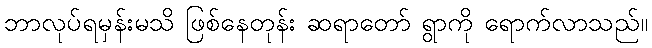
ဘာလုပ်ရမှန်းမသိ ဖြစ်နေတုန်း ဆရာတော် ရွာကို ရောက်လာသည်။